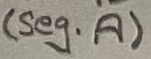
Text: (seg. A)